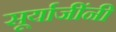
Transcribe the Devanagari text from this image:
सूर्याजींनी